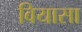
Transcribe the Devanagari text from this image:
वियासा